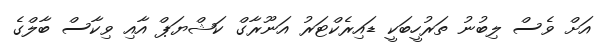
އަށް ވެސް ލިބުނު ތަރުހީބަކީ ޑައިރެކްޓަރު އަނޫރާގް ކަޝްޔަޕް އާއި ވިކާސް ބާލްގެ